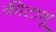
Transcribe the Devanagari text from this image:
कीटाणू